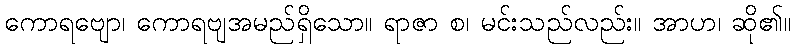
ကောရဗျော၊ ကောရဗျအမည်ရှိသော။ ရာဇာ စ၊ မင်းသည်လည်း။ အာဟ၊ ဆို၏။